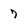
Character: 7